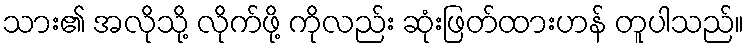
သား၏ အလိုသို့ လိုက်ဖို့ ကိုလည်း ဆုံးဖြတ်ထားဟန် တူပါသည်။